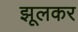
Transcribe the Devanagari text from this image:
झूलकर